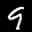
Label: 9